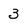
Character: 3